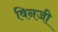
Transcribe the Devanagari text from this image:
विनजी